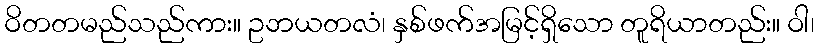
ဝိတတမည်သည်ကား။ ဥဘယတလံ၊ နှစ်ဖက်အမြင့်ရှိသော တူရိယာတည်း။ ဝါ၊